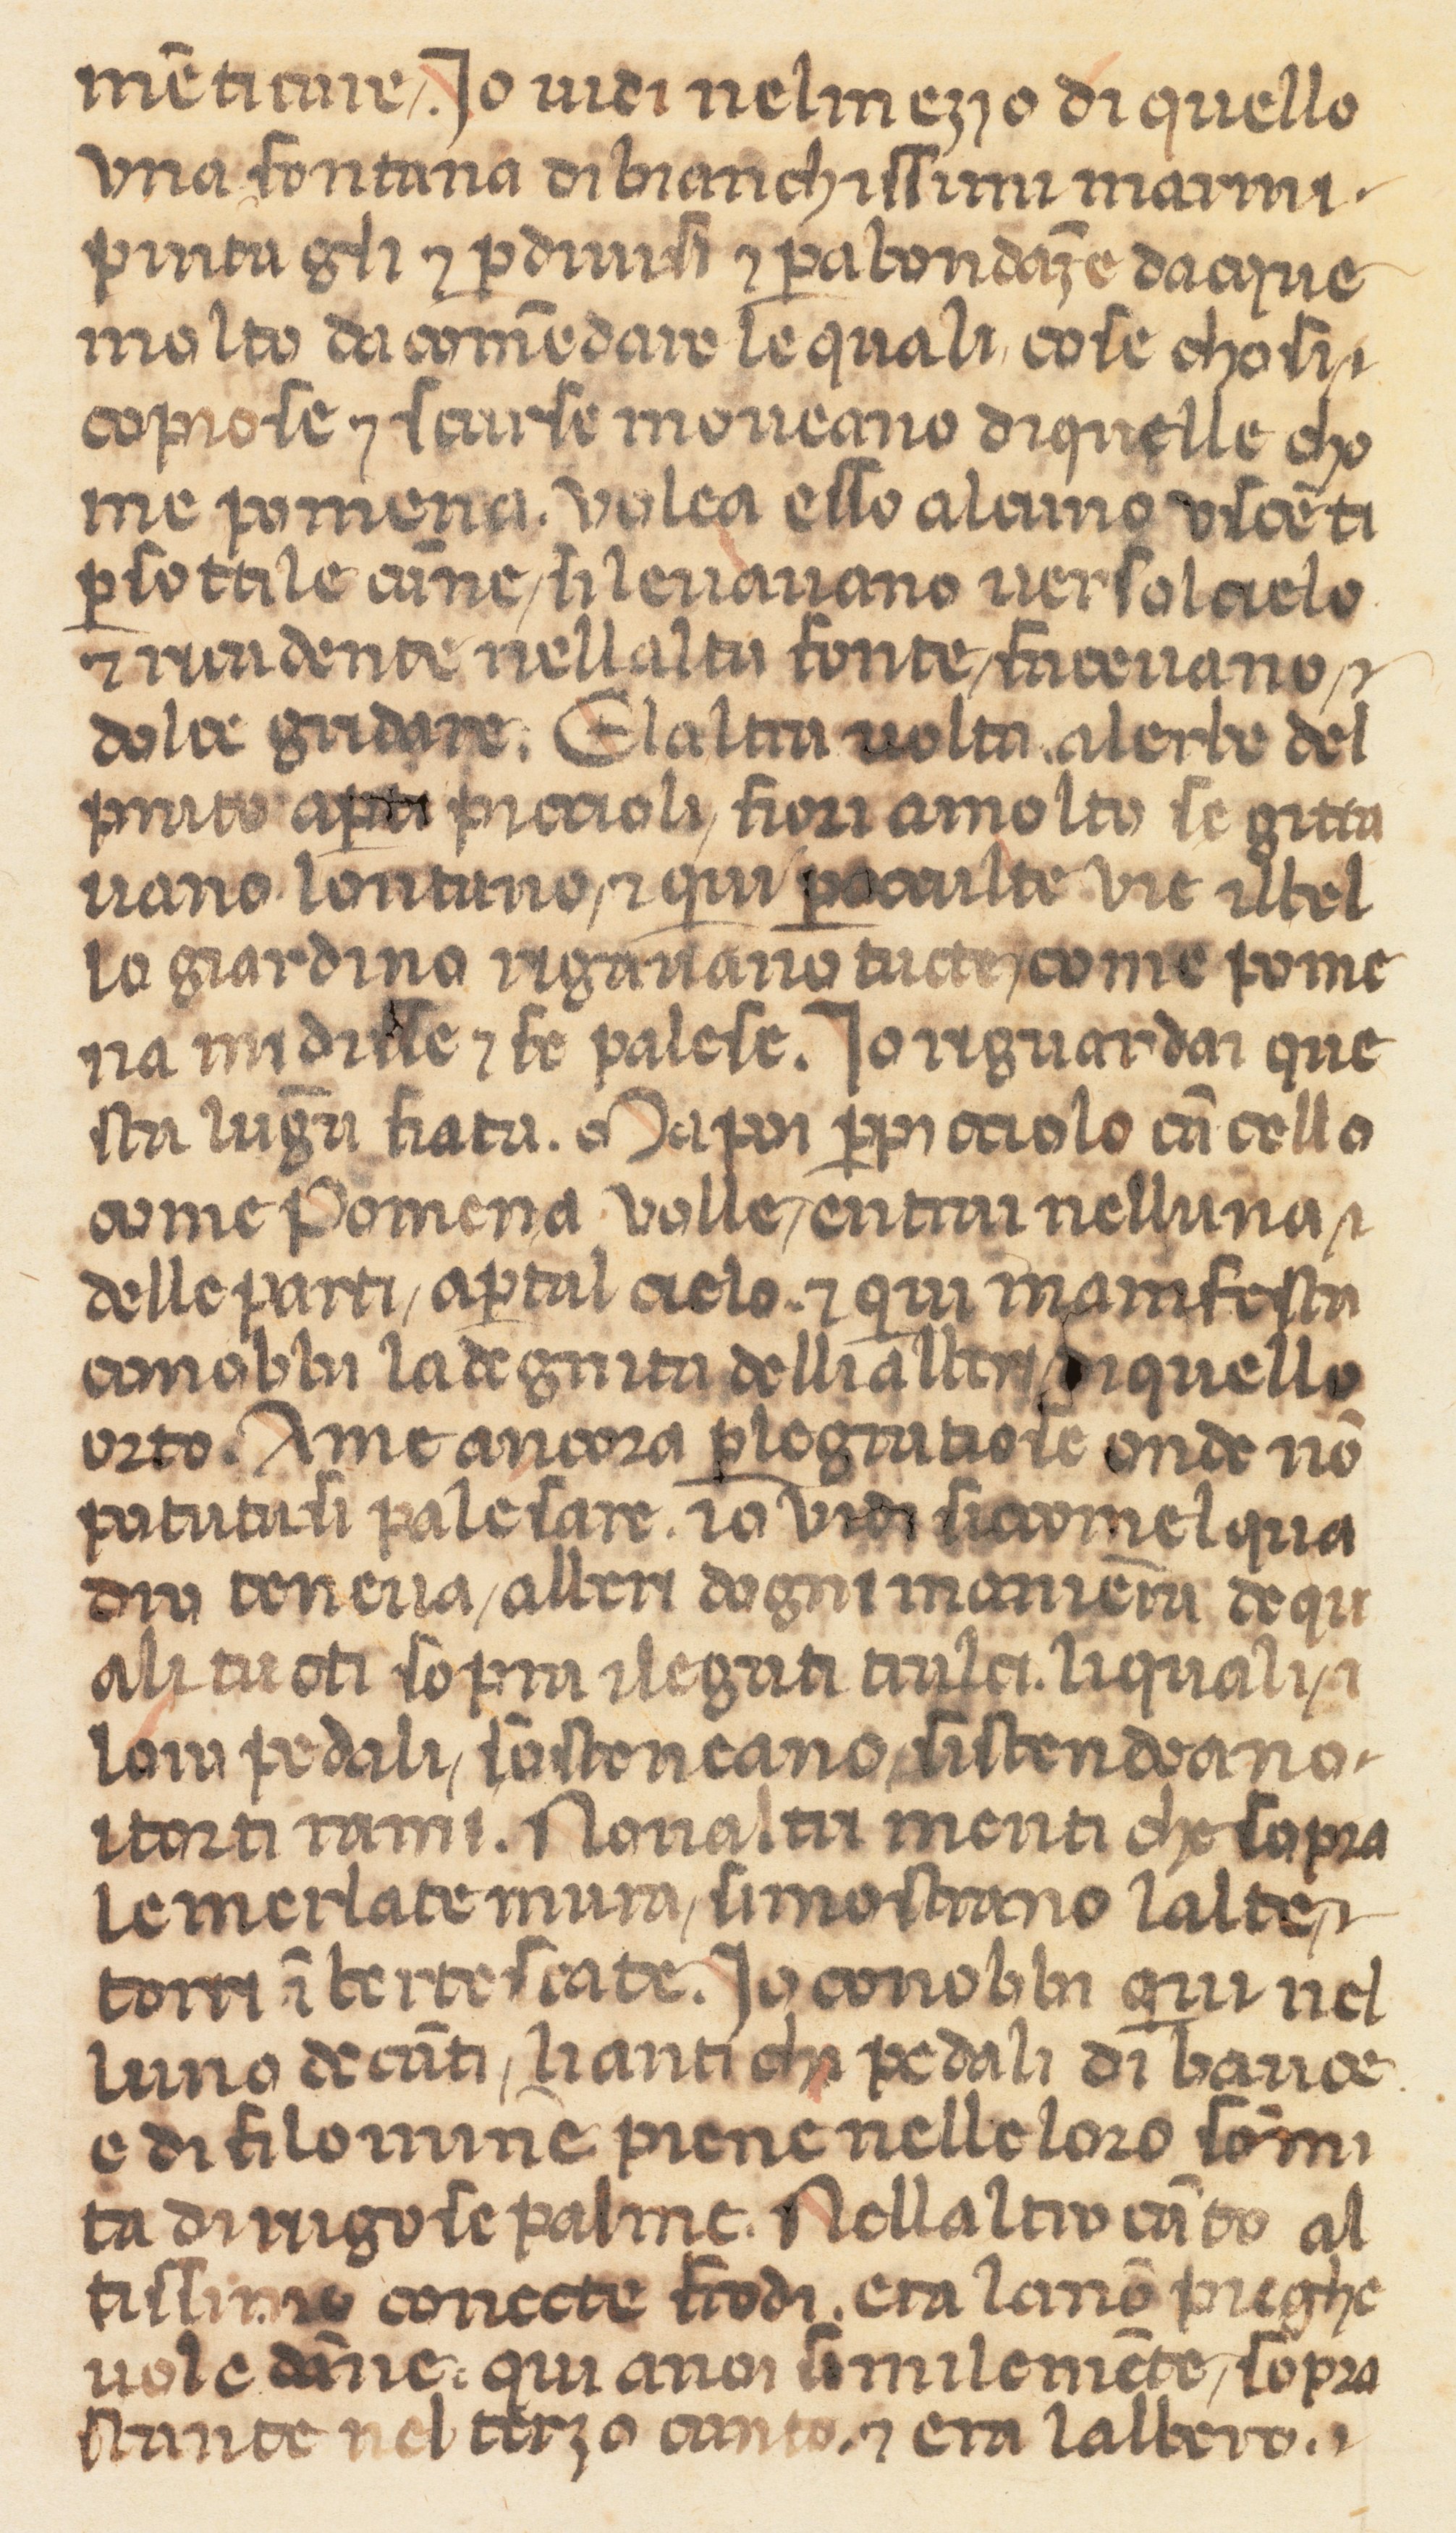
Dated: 1360–1370